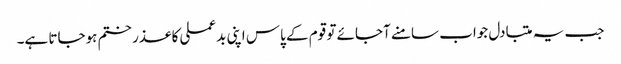
جب یہ متبادل جواب سامنے آجائے تو قوم کے پاس اپنی بدعملی کا عذر ختم ہوجاتا ہے۔